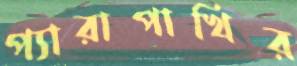
প্যারাপাখির